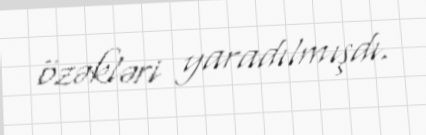
özəkləri yaradılmışdı.